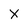
Character: X